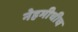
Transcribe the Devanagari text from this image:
नेहमीचीच